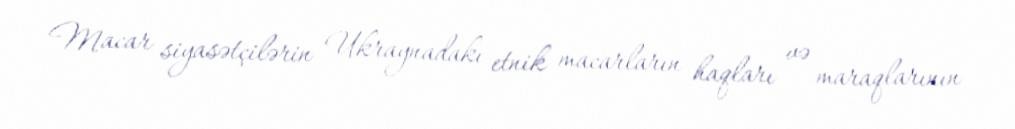
Macar siyasətçilərin Ukraynadakı etnik macarların haqları və maraqlarının